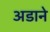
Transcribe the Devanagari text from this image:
अडाने